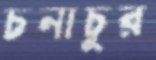
চনাচুর